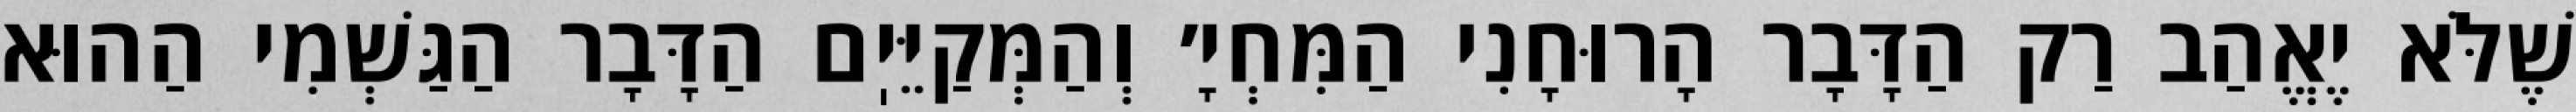
שֶׁלֹּא יֶאֱהַב רַק הַדָּבָר הָרוּחָנִי הַמִּחְיָ׳ וְהַמְּקַיֵּיֽם הַדָּבָר הַגַּשְׁמִי הַהוּא